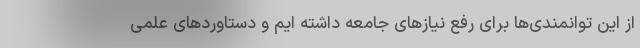
از این توانمندی‌ها برای رفع نیازهای جامعه داشته ایم و دستاوردهای علمی